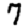
Digit: 7